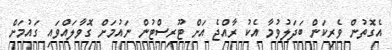
އެގޮތުން ވެރިކަން ބަދަލުވުމާ އެކު ރާއްޖެ އަށް ޓޫރިސްޓުން ނައުމަށް ގޮވާލައްވައި ގައުމަށް